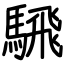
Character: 騛